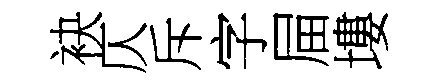
袂仄斥字屇塿